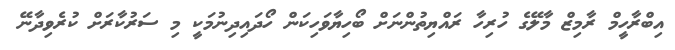
އިބްރާހީމް ރާމިޒް މާލޭގެ ހުރިހާ ރައްޔިތުންނަށް ބޯހިޔާވަހިކަން ހޯދައިދިނުމަކީ މި ސަރުކާރަށް ކުރެވިދާނޭ